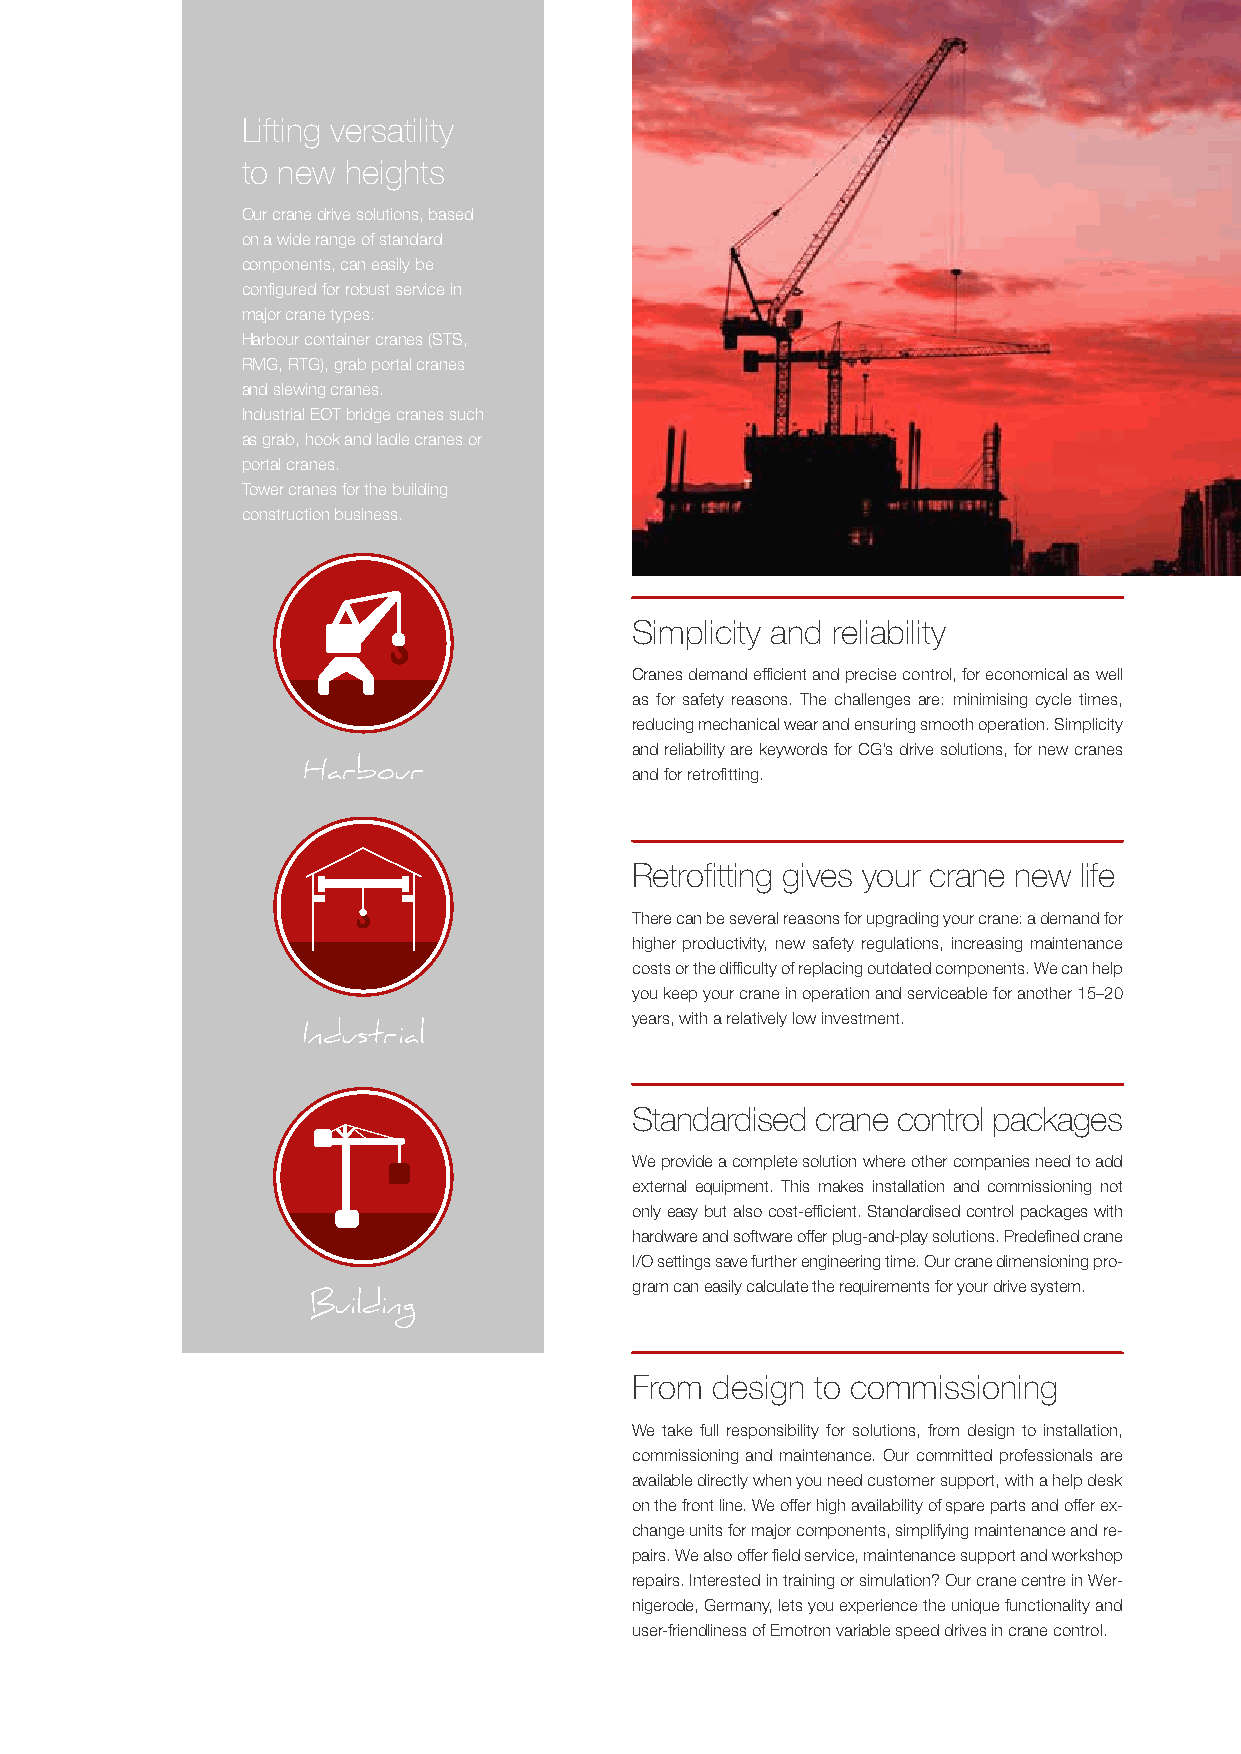
Lifting versatility
 to new heights
 Our crane drive solutions, based
 on a wide range of standard
 components, can easily be
 configured for robust service in
 major crane types:
 Harbour container cranes (STS,
 RMG, RTG), grab portal cranes
 and slewing cranes.
 Industrial EOT bridge cranes such
 as grab, hook and ladle cranes or
 portal cranes.
 Tower cranes for the building
 construction business.
 Simplicity and reliability
 Cranes demand efficient and precise control, for economical as well
 as for safety reasons. The challenges are: minimising cycle times,
 reducing mechanical wear and ensuring smooth operation. Simplicity
 and reliability are keywords for CG’s drive solutions, for new cranes
 Harbour               and for retrofitting.
 Retrofitting gives your crane new life
 There can be several reasons for upgrading your crane: a demand for
 higher productivity, new safety regulations, increasing maintenance
 costs or the difficulty of replacing outdated components. We can help
 you keep your crane in operation and serviceable for another 15–20
 years, with a relatively low investment.
 Industrial
 Standardised crane control packages
 We provide a complete solution where other companies need to add
 external equipment. This makes installation and commissioning not
 only easy but also cost-efficient. Standardised control packages with
 hardware and software offer plug-and-play solutions. Predefined crane
 I/O settings save further engineering time. Our crane dimensioning pro-
 gram can easily calculate the requirements for your drive system.
 Building
 From design to commissioning
 We take full responsibility for solutions, from design to installation,
 commissioning and maintenance. Our committed professionals are
 available directly when you need customer support, with a help desk
 on the front line. We offer high availability of spare parts and offer ex-
 change units for major components, simplifying maintenance and re-
 pairs. We also offer field service, maintenance support and workshop
 repairs. Interested in training or simulation? Our crane centre in Wer-
 nigerode, Germany, lets you experience the unique functionality and
 user-friendliness of Emotron variable speed drives in crane control.